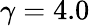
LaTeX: \gamma=4.0